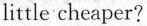
little cheaper?